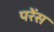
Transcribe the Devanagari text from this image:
परेंस